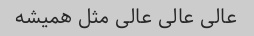
عالی عالی عالی مثل همیشه